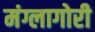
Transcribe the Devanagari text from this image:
मंग्लागोरी